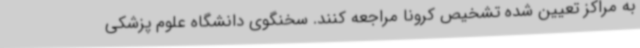
به مراکز تعیین شده تشخیص کرونا مراجعه کنند. سخنگوی دانشگاه علوم پزشکی